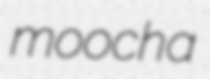
moocha